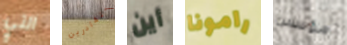
التي ستغادرين أين رامونا مؤسس